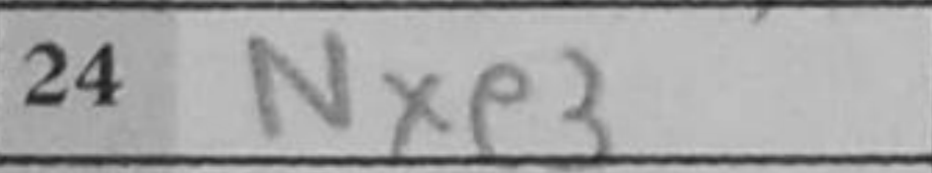
Transcription: Nxe3